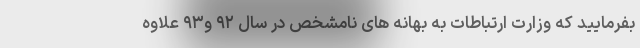
بفرمایید که وزارت ارتباطات به بهانه های نامشخص در سال ۹۲ و۹۳ علاوه